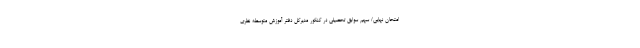
امتحان نهایی/ سهم سوابق تحصیلی در کنکور مدیرکل دفتر آموزش متوسطه نظری